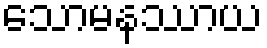
သောမနဿာယ